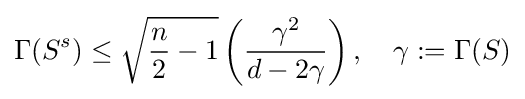
\Gamma (S^{s})\leq {\sqrt {{\frac {n}{2}}-1}}\left({\frac {\gamma ^{2}}{d-2\gamma }}\right),\quad \gamma :=\Gamma (S)